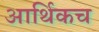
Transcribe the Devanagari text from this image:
आर्थिकच